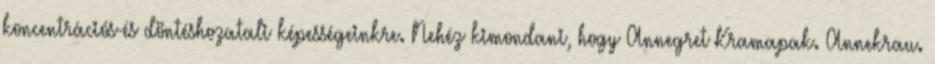
koncentrációs-és döntéshozatali képességeinkre. Nehéz kimondani, hogy Annegret Kramapak. Annekrau.